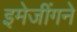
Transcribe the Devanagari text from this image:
इमेजींगने